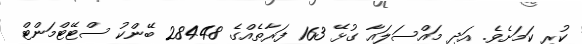
ކުރި ކަމަށެވެ. އަދި މައްސަލައާ ގުޅޭ 163 ފަރާތެއްގެ 28448 ބޭންކު ސްޓޭޓްމަންޓް